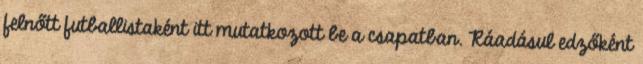
felnőtt futballistaként itt mutatkozott be a csapatban. Ráadásul edzőként